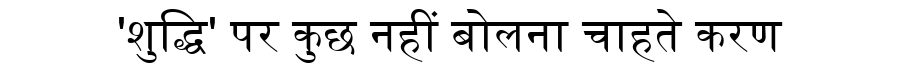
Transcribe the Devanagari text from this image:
'शुद्धि' पर कुछ नहीं बोलना चाहते करण